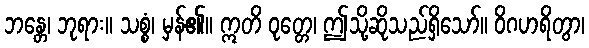
ဘန္တေ၊ ဘုရား။ သစ္စံ၊ မှန်၏။ ဣတိ ဝုတ္တေ၊ ဤသို့ဆိုသည်ရှိသော်။ ဝိဂဟရိတွာ၊